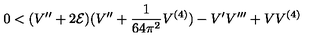
0 < ( V ^ { \prime \prime } + 2 { \cal E } ) ( V ^ { \prime \prime } + \frac { 1 } { 6 4 \pi ^ { 2 } } V ^ { ( 4 ) } ) - V ^ { \prime } V ^ { \prime \prime \prime } + V V ^ { ( 4 ) }